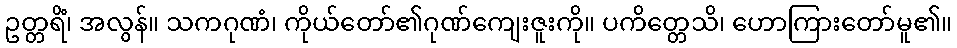
ဥတ္တရိံ၊ အလွန်။ သကဂုဏံ၊ ကိုယ်တော်၏ဂုဏ်ကျေးဇူးကို။ ပကိတ္တေသိ၊ ဟောကြားတော်မူ၏။